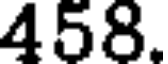
458.